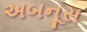
અબનૂસ